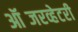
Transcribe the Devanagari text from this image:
ऑब्जरव्हेटरी